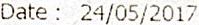
DATE : 24/05/2017